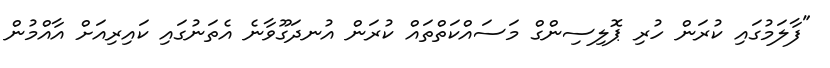
"ފާލަމުގައި ކުރަން ހުރި ޕޮލިސިންގް މަސައްކަތްތައް ކުރަން އުނދަގޫވާނެ އެތަނުގައި ކައިރިއަށް އާއްމުން